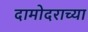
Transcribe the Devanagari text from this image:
दामोदराच्या